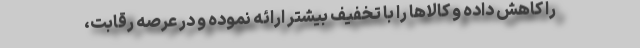
را کاهش داده و کالاها را با تخفیف بیشتر ارائه نموده و در عرصه رقابت،